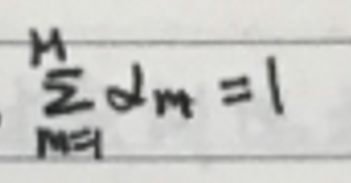
\(\sum _ { M = 1 } ^ { M } d m = 1\)